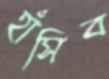
হাঁসিব